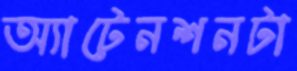
অ্যাটেনশনটা